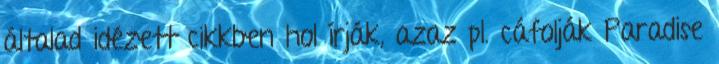
általad idézett cikkben hol írják, azaz pl. cáfolják Paradise